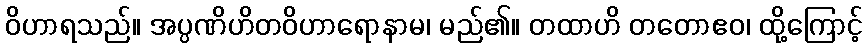
ဝိဟာရသည်။ အပ္ပဏိဟိတဝိဟာရောနာမ၊ မည်၏။ တထာဟိ တတောဧဝ၊ ထို့ကြောင့်